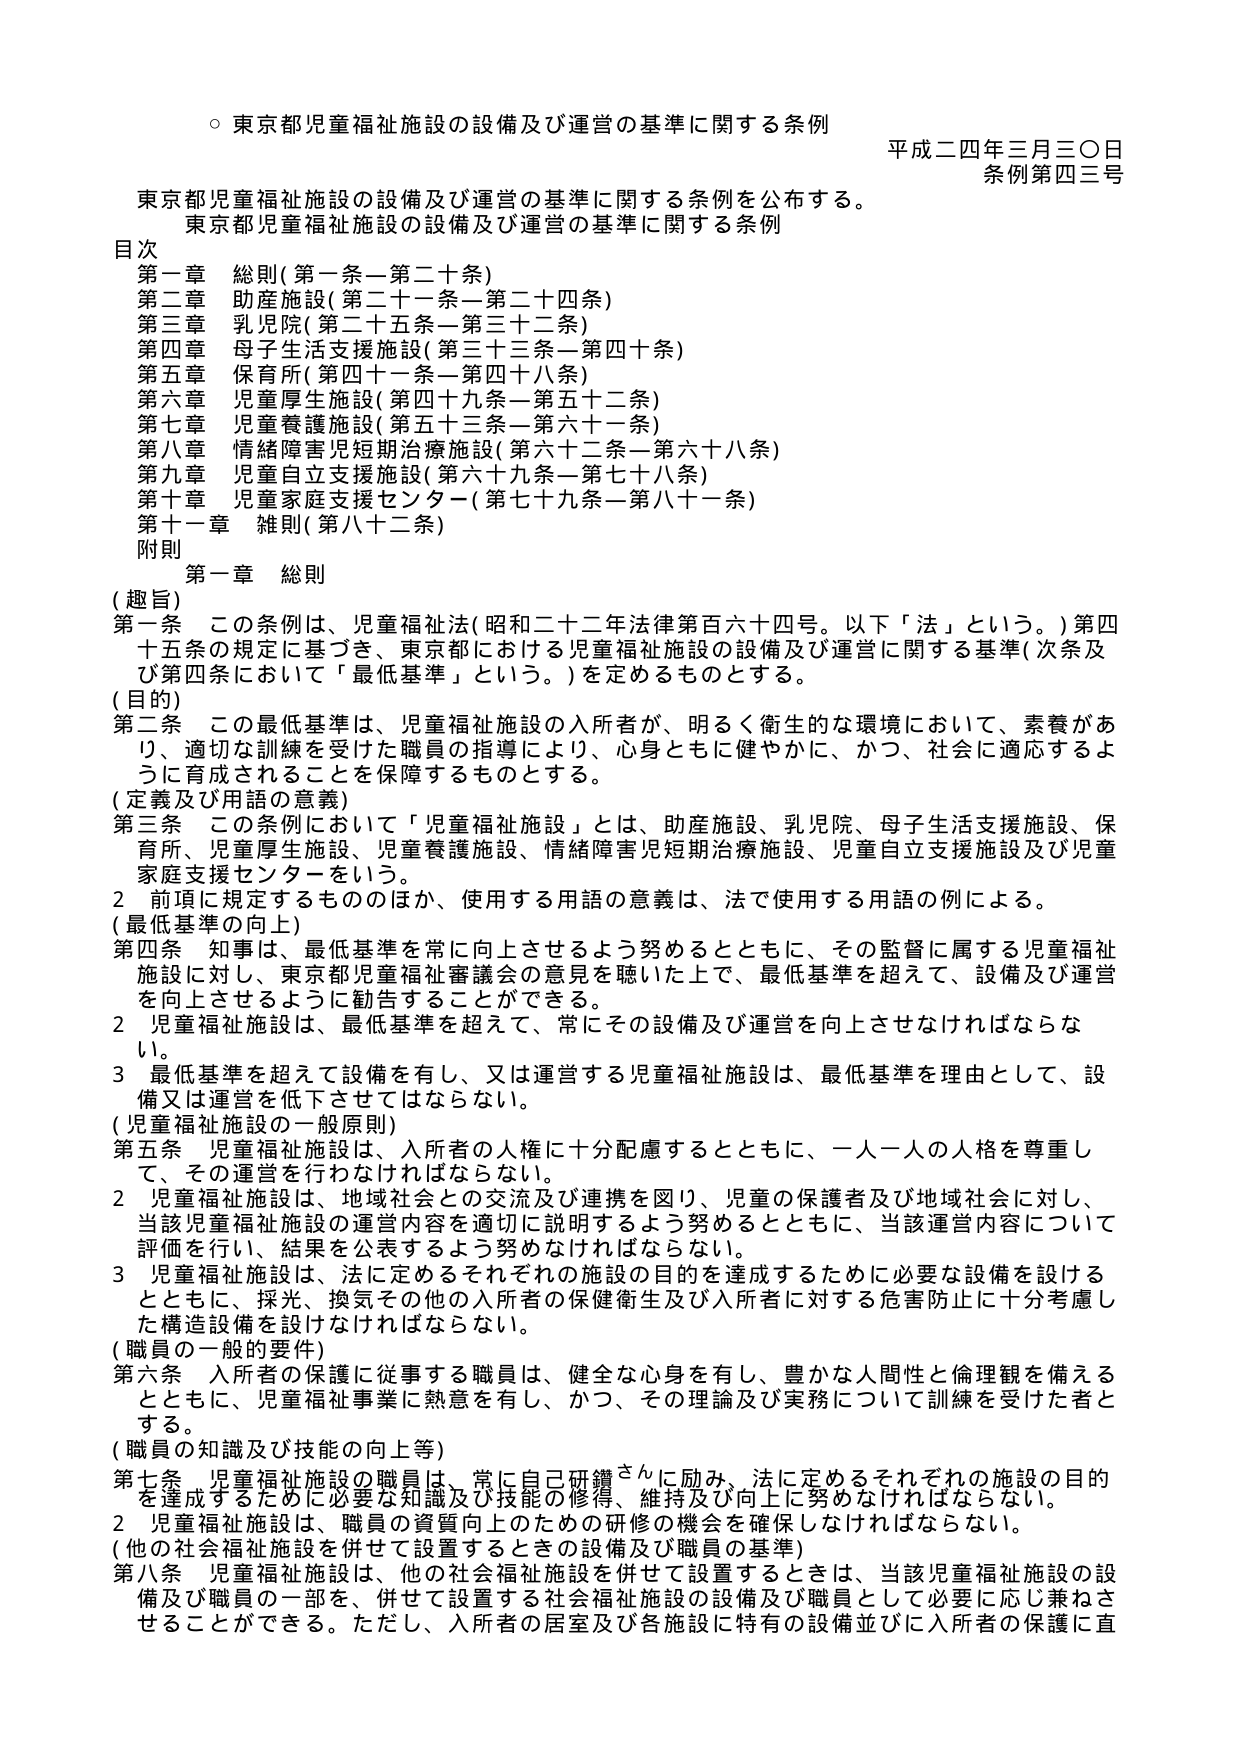
○ 東京都児童福祉施設の設備及び運営の基準に関する条例
平成二十四年三月三〇日
条例第四三号

東京都児童福祉施設の設備及び運営の基準に関する条例を公布する。
東京都児童福祉施設の設備及び運営の基準に関する条例

目次
第一章 総則（第一条－第二十条）
第二章 助産施設（第二十一条－第二十四条）
第三章 乳児院（第二十五条－第三十二条）
第四章 母子生活支援施設（第三十三条－第四十条）
第五章 保育所（第四十一条－第四十八条）
第六章 児童厚生施設（第四十九条－第五十二条）
第七章 児童養護施設（第五十三条－第六十一条）
第八章 情緒障害児短期治療施設（第六十二条－第六十八条）
第九章 児童自立支援施設（第六十九条－第七十八条）
第十章 児童家庭支援センター（第七十九条－第八十一条）
第十一章 雑則（第八十二条）
附則

第一章 総則

（趣旨）
第一条 この条例は、児童福祉法（昭和二十二年法律第百六十四号。以下「法」という。）第四十五条の規定に基づき、東京都における児童福祉施設の設備及び運営に関する基準（次条及び第四条において「最低基準」という。）を定めるものとする。

（目的）
第二条 この最低基準は、児童福祉施設の入所者が、明るく衛生的な環境において、素養があり、適切な訓練を受けた職員の指導により、心身ともに健やかに、かつ、社会に適応するように育成されることを保障するものとする。

（定義及び用語の意義）
第三条 この条例において「児童福祉施設」とは、助産施設、乳児院、母子生活支援施設、保育所、児童厚生施設、児童養護施設、情緒障害児短期治療施設、児童自立支援施設及び児童家庭支援センターをいう。
２ 前項に規定するもののほか、使用する用語の意義は、法で使用する用語の例による。

（最低基準の向上）
第四条 知事は、最低基準を常に向上させるよう努めるとともに、その監督に属する児童福祉施設に対し、東京都児童福祉審議会の意見を聴いた上で、最低基準を超えて、設備及び運営を向上させるように勧告することができる。
２ 児童福祉施設は、最低基準を超えて、常にその設備及び運営を向上させなければならない。
３ 最低基準を超えて設備を有し、又は運営する児童福祉施設は、最低基準を理由として、設備又は運営を低下させてはならない。

（児童福祉施設の一般原則）
第五条 児童福祉施設は、入所者の人権に十分配慮するとともに、一人一人の人格を尊重して、その運営を行わなければならない。
２ 児童福祉施設は、地域社会との交流及び連携を図り、児童の保護者及び地域社会に対し、当該児童福祉施設の運営内容を適切に説明するよう努めるとともに、当該運営内容について評価を行い、結果を公表するよう努めなければならない。
３ 児童福祉施設は、法に定めるそれぞれの施設の目的を達成するために必要な設備を設けるとともに、採光、換気その他の入所者の保健衛生及び入所者に対する危害防止に十分考慮した構造設備を設けなければならない。

（職員の一般的要件）
第六条 入所者の保護に従事する職員は、健全な心身を有し、豊かな人間性と倫理観を備えるとともに、児童福祉事業に熱意を有し、かつ、その理論及び実務について訓練を受けた者とする。

（職員の知識及び技能の向上等）
第七条 児童福祉施設の職員は、常に自己研鑽さんに励み、法に定めるそれぞれの施設の目的を達成するために必要な知識及び技能の修得、維持及び向上に努めなければならない。
２ 児童福祉施設は、職員の資質向上のための研修の機会を確保しなければならない。

（他の社会福祉施設を併せて設置するときの設備及び職員の基準）
第八条 児童福祉施設は、他の社会福祉施設を併せて設置するときは、当該児童福祉施設の設備及び職員の一部を、併せて設置する社会福祉施設の設備及び職員として必要に応じ兼ねさせることができる。ただし、入所者の居室及び各施設に特有の設備並びに入所者の保護に直